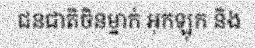
ជនជាតិចិនម្នាក់ អុកឡុក និង